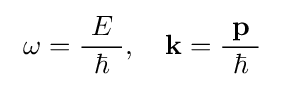
\ \omega ={\frac {\ E\ }{\hbar }},\quad \mathbf {k} ={\frac {\ \mathbf {p} \ }{\hbar }}\